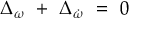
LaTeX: \Delta _ { \omega } ~ + ~ \Delta _ { \dot { \omega } } ~ = ~ 0